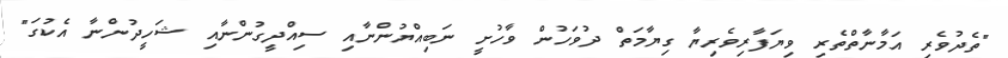
"ތެދުވެރި އަމާނާތްތެރި ވިޔަފާރިވެރިޔާ ގިޔާމަތް ދުވަހުން ވާހުށީ ނަބިއްޔުންނާއި ސިއްދީގުންނާއި ޝަހީދުންނާ އެކުގަ"